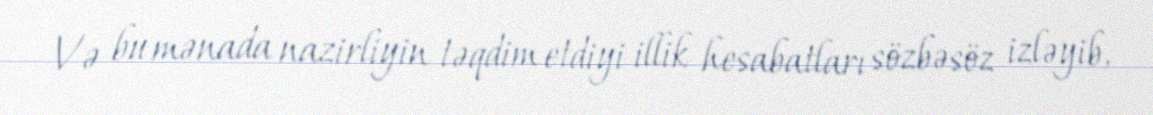
Və bu mənada nazirliyin təqdim etdiyi illik hesabatları sözbəsöz izləyib,